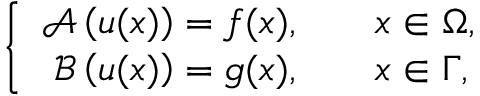
\left\{ \begin{array} { r l } { \boldsymbol { \mathcal { A } } \left( \boldsymbol { u } ( \boldsymbol { x } ) \right) = \boldsymbol { f } ( \boldsymbol { x } ) , \quad } & { \boldsymbol { x } \in \Omega , } \\ { \boldsymbol { \mathcal { B } } \left( \boldsymbol { u } ( \boldsymbol { x } ) \right) = \boldsymbol { g } ( \boldsymbol { x } ) , \quad } & { \boldsymbol { x } \in \Gamma , } \end{array} \right.